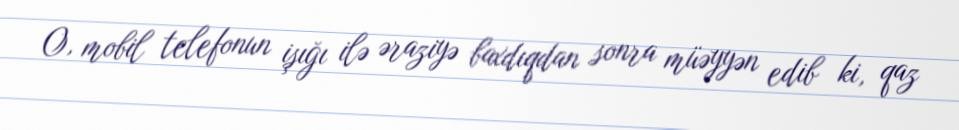
O, mobil telefonun işığı ilə əraziyə baxdıqdan sonra müəyyən edib ki, qaz